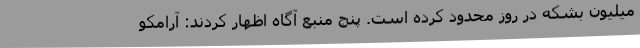
میلیون بشکه در روز محدود کرده است. پنج منبع آگاه اظهار کردند: آرامکو